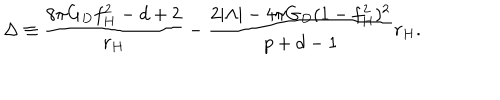
\Delta \equiv \frac { 8 \pi G _ { D } f _ { H } ^ { 2 } - d + 2 } { r _ { H } } - \frac { 2 | \Lambda | - 4 \pi G _ { D } ( 1 - f _ { H } ^ { 2 } ) ^ { 2 } } { p + d - 1 } r _ { H } .